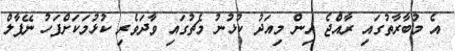
އެ މުބާރާތުގައި ރާއްޖެ އިން މިއަދު ކުޅުނު މެޗުގައި ވާދަވެރި ކުޅުމަކަށްފަހު ނޭޕާލް